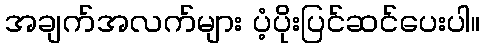
အချက်အလက်များ ပံ့ပိုးပြင်ဆင်ပေးပါ။